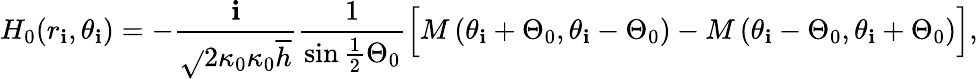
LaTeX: H_{0}(r_{\mathbf{i}},\theta_{\mathbf{i}})=-\frac{{\mathrm{{\mathbf{i}}}}}{{\sqrt{}{{2\kappa_{0}}}\kappa_{0}\overline{{{h}}}}}\frac{{1}}{{\sin\frac{{1}}{{2}}\Theta_{0}}}\Big[M\left(\theta_{\mathbf{i}}+\Theta_{0},\theta_{\mathbf{i}}-\Theta_{0}\right)-M\left(\theta_{\mathbf{i}}-\Theta_{0},\theta_{\mathbf{i}}+\Theta_{0}\right)\Big],